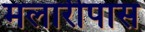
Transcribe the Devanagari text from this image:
मलारीपास